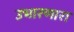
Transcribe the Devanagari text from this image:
उभारणारा